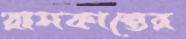
রামকান্তের